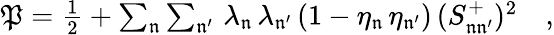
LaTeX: \begin{array}{r}{\mathfrak{P}=\frac{1}{2}+\sum_{\mathfrak{n}}\sum_{\mathfrak{n^{\prime}}}\, \lambda_{\mathfrak{n}}\, \lambda_{\mathfrak{n^{\prime}}}\, (1-\eta_{\mathfrak{n}}\, \eta_{\mathfrak{n^{\prime}}})\, (S_{\mathfrak{n}\mathfrak{n^{\prime}}}^{+})^{2}\quad,}\end{array}